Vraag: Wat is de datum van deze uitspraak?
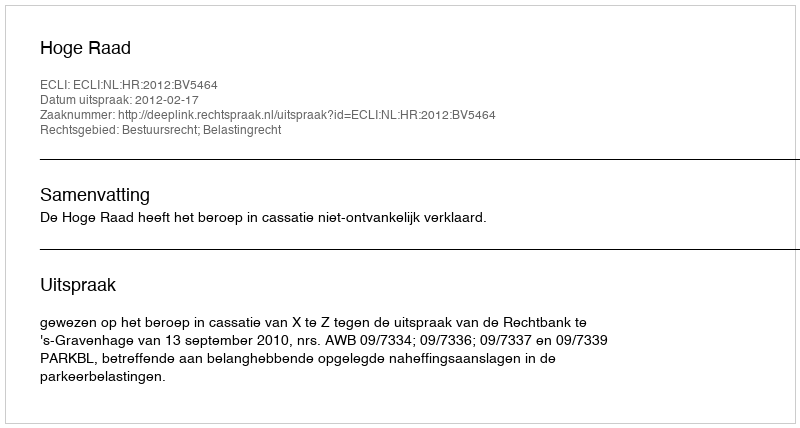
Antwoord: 2012-02-17